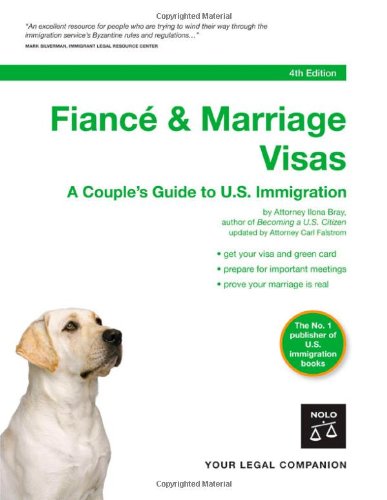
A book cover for Fiance & Marriage Visas: A Couple's Guide to U.S. Immigration; Ilona Bray J.D.; Law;